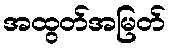
အထွတ်အမြတ်